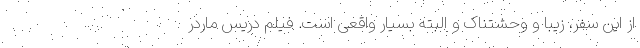
از این سفر، زیبا و وحشتناک و البته بسیار واقعی است. فیلم دریس ماردر